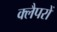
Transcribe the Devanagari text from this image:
क्लैपरों